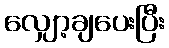
လျှော့ချပေးပြီး